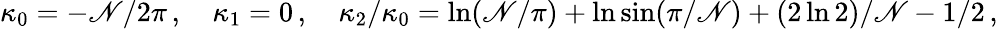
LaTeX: \kappa_{0}=-\mathscr{N}/2\pi\, ,\quad\kappa_{1}=0\, ,\quad\kappa_{2}/\kappa_{0}=\ln(\mathscr{N}/\pi)+\ln\sin(\pi/\mathscr{N})+(2\ln2)/\mathscr{N}-1/2\, ,